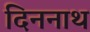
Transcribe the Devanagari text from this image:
दिननाथ